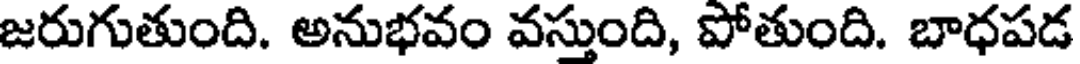
జరుగుతుంది. అనుభవం వస్తుంది, పోతుంది. బాధపడ